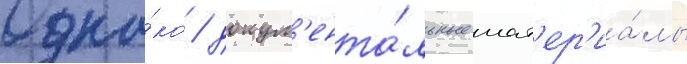
Одна́ко / докум'ента́льные мат'ер'иа́лы